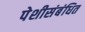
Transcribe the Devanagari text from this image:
पेशीसंबंधित